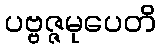
ပဗ္ဗဇ္ဇမုပေတိ